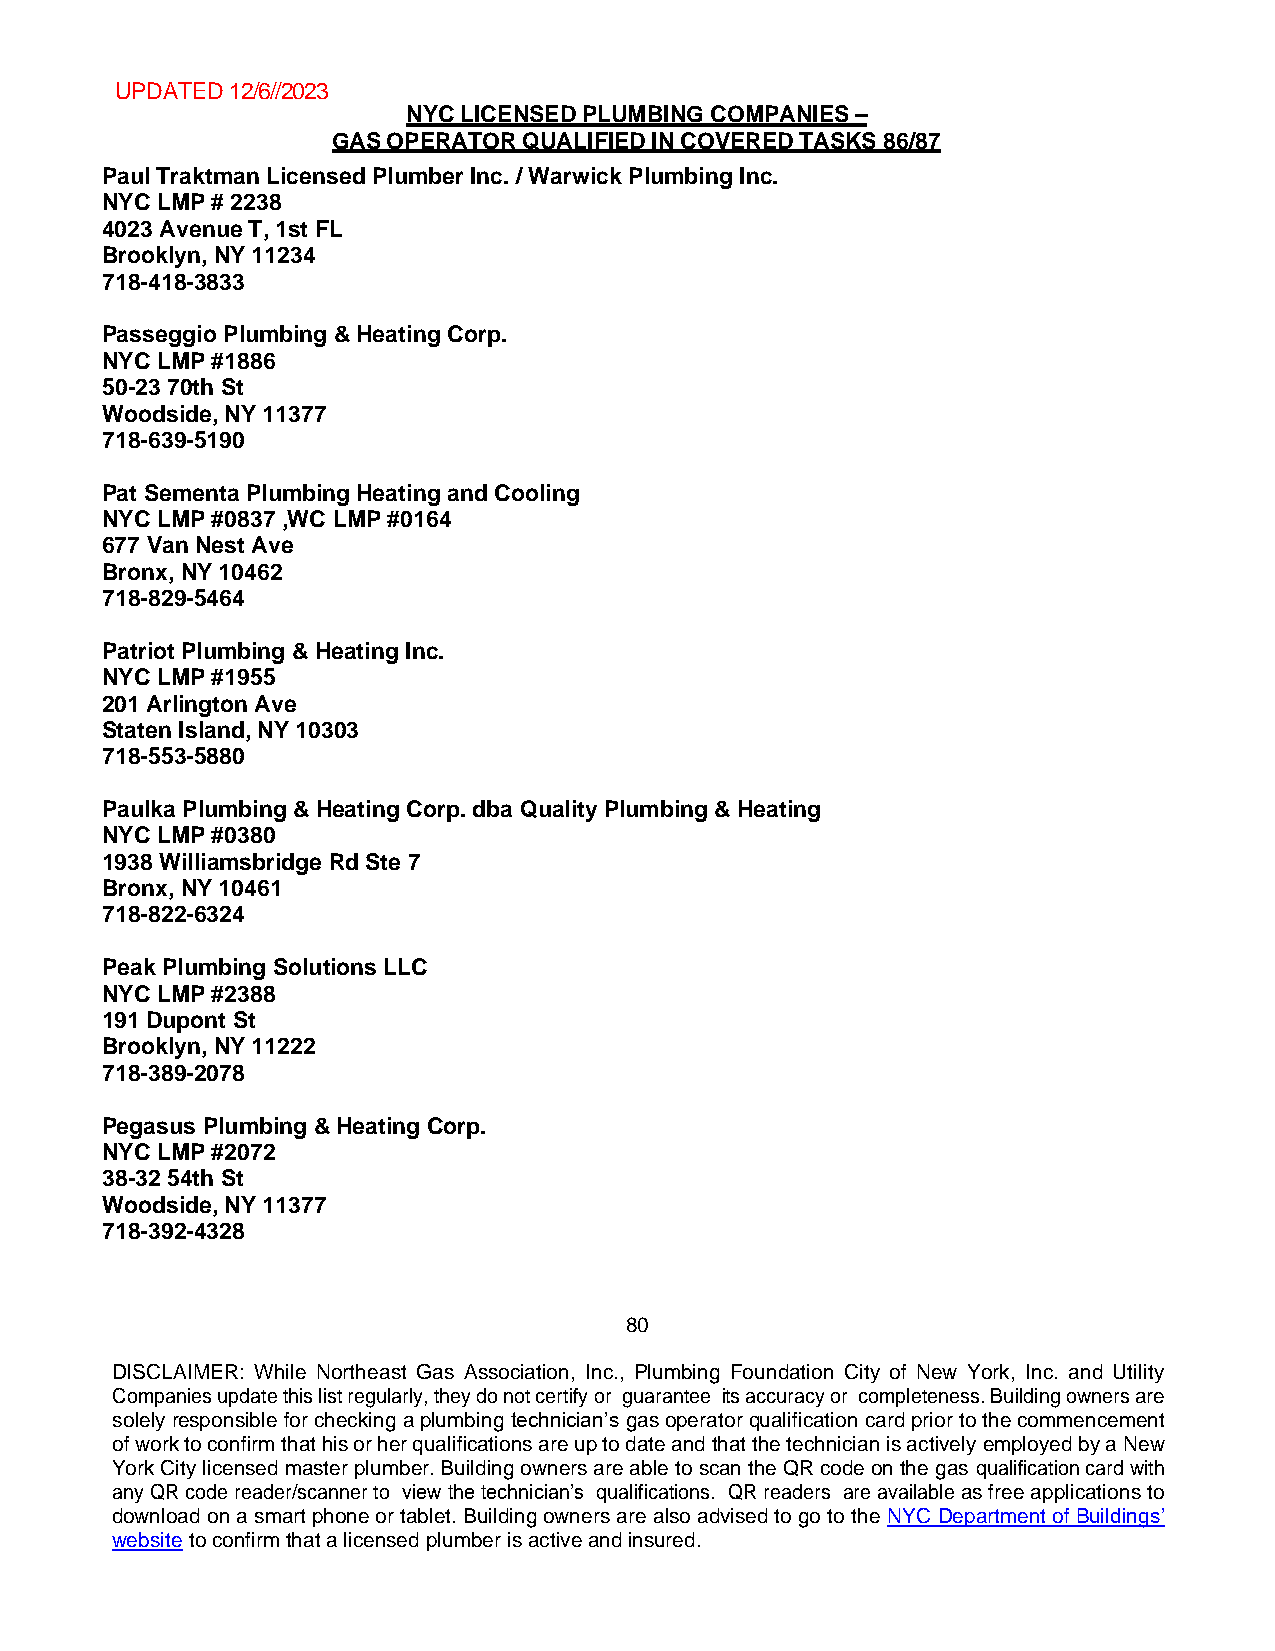
UPDATED 12/6//2023
 NYC LICENSED PLUMBING COMPANIES –
 GAS OPERATOR QUALIFIED IN COVERED TASKS 86/87
 Paul Traktman Licensed Plumber Inc. / Warwick Plumbing Inc.
 NYC LMP # 2238
 4023 Avenue T, 1st FL
 Brooklyn, NY 11234
 718-418-3833
 Passeggio Plumbing & Heating Corp.
 NYC LMP #1886
 50-23 70th St
 Woodside, NY 11377
 718-639-5190
 Pat Sementa Plumbing Heating and Cooling
 NYC LMP #0837 ,WC LMP #0164
 677 Van Nest Ave
 Bronx, NY 10462
 718-829-5464
 Patriot Plumbing & Heating Inc.
 NYC LMP #1955
 201 Arlington Ave
 Staten Island, NY 10303
 718-553-5880
 Paulka Plumbing & Heating Corp. dba Quality Plumbing & Heating
 NYC LMP #0380
 1938 Williamsbridge Rd Ste 7
 Bronx, NY 10461
 718-822-6324
 Peak Plumbing Solutions LLC
 NYC LMP #2388
 191 Dupont St
 Brooklyn, NY 11222
 718-389-2078
 Pegasus Plumbing & Heating Corp.
 NYC LMP #2072
 38-32 54th St
 Woodside, NY 11377
 718-392-4328
 80
 DISCLAIMER: While Northeast Gas Association, Inc., Plumbing Foundation City of New York, Inc. and Utility
 Companies update this list regularly, they do not certify or guarantee its accuracy or completeness. Building owners are
 solely responsible for checking a plumbing technician’s gas operator qualification card prior to the commencement
 of work to confirm that his or her qualifications are up to date and that the technician is actively employed by a New
 York City licensed master plumber. Building owners are able to scan the QR code on the gas qualification card with
 any QR code reader/scanner to view the technician’s qualifications. QR readers are available as free applications to
 download on a smart phone or tablet. Building owners are also advised to go to the NYC Department of Buildings’
 website to confirm that a licensed plumber is active and insured.